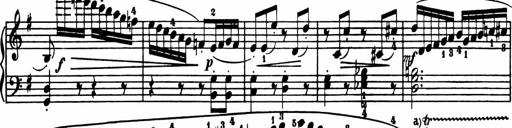
Title: Sonatina in G major
Composer: Friedrich Kuhlau
Key: G major